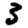
Digit: 3